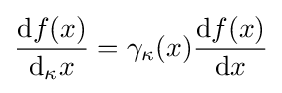
{\frac {\mathrm {d} f(x)}{\mathrm {d} _{\kappa }x}}=\gamma _{\kappa }(x){\frac {\mathrm {d} f(x)}{\mathrm {d} x}}